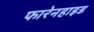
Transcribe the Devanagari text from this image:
फारेनहाइड